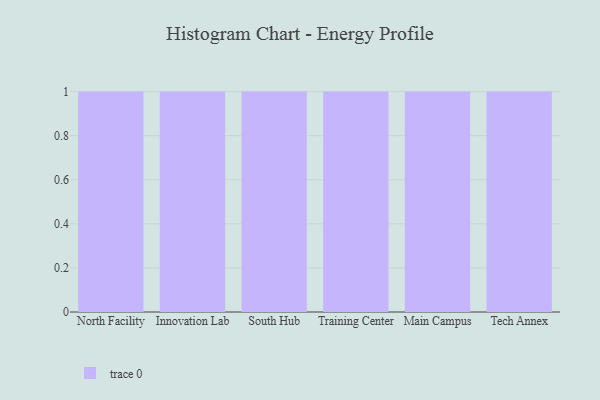
{"axis": {"x": "Campus", "y": "LTV (USD)"}, "legend": [""], "data": [{"x": "North Facility", "y": 80, "type": ""}, {"x": "Innovation Lab", "y": 1, "type": ""}, {"x": "South Hub", "y": 25, "type": ""}, {"x": "Training Center", "y": 89, "type": ""}, {"x": "Main Campus", "y": 47, "type": ""}, {"x": "Tech Annex", "y": 84, "type": ""}]}